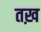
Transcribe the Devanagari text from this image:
तख़